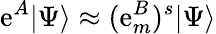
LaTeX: \mathrm{e}^{A}|\Psi\rangle\approx(\mathrm{e}_{m}^{B})^{s}|\Psi\rangle